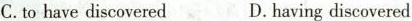
C.to have discovered D.having discovered